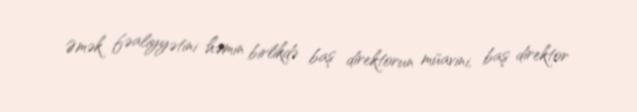
Əmək fəaliyyətini həmin birlikdə baş direktorun müavini, baş direktor